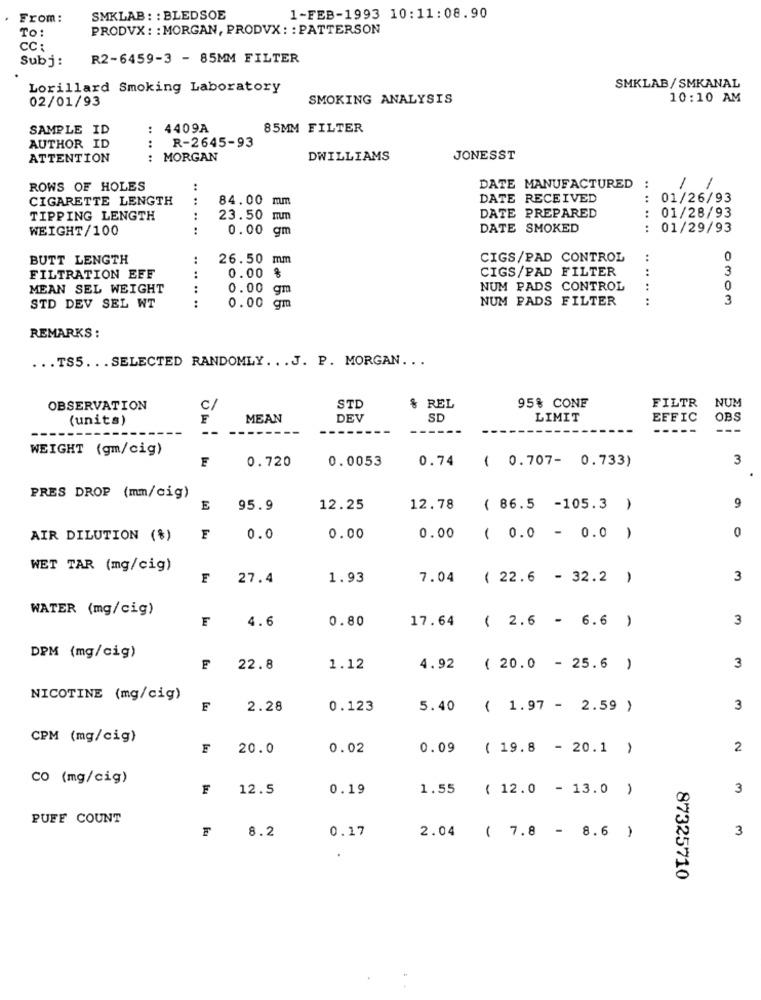
From:
SMKLAB : : BLEDSOE
1-FEB-1993 10:11:08.90
To:
PRODVX: : MORGAN, PRODVX : : PATTERSON
CC :
Subj:
R2-6459-3 - 85MM FILTER
Lorillard Smoking Laboratory
SMKLAB/ SMKANAL
02/01/93
SMOKING ANALYSIS
10:10 AM
SAMPLE ID
4409A
85MM FILTER
:
R-2645-93
AUTHOR ID
ATTENTION
:
MORGAN
DWILLIAMS
JONESST
ROWS OF HOLES
DATE MANUFACTURED
..
1
1
CIGARETTE LENGTH
84.00 mm
DATE RECEIVED
: 01/26/93
DATE PREPARED
TIPPING LENGTH
..
23.50 mm
01/28/93
WEIGHT/100
0.00 gm
DATE SMOKED
:
01/29/93
BUTT LENGTH
:
26.50 mm
CIGS/PAD CONTROL
0
FILTRATION EFF
CIGS/PAD FILTER
3
0.00 %
MEAN SEL WEIGHT
0.00 gm
NUM PADS CONTROL
.. ..
0
NUM PADS FILTER
3
STD DEV SEL WT
.. ..
0.00 gm
REMARKS :
... TS5 ... SELECTED RANDOMLY ... J. P. MORGAN ...
95% CONE
NUM
OBSERVATION
C/
STD
& REL
FILTR
(units)
F
MEAN
DEV
SD
LIMIT
EFFIC
OBS
--
---
WEIGHT (gm/cig)
F
0.720
0.0053
( 0.707- 0.733)
3
0.74
PRES DROP (mm/cig)
9
E
95.9
12.25
12.78
( 86.5 -105.3 )
0
AIR DILUTION (%)
F
0.0
0.00
0.00
( 0.0 - 0.0 )
WET TAR (mg/cig)
F
27.4
1.93
7.04 ( 22.6 - 32.2 )
3
WATER (mg/cig)
4.6
0.80
17.64
3
( 2.6 - 6.6 )
DPM (mg/cig)
F
22.8
1.12
4.92
( 20.0 - 25.6 )
3
NICOTINE (mg/cig)
F
2.28
0.123
5.40
( 1.97 - 2.59 )
3
CPM (mg/cig)
F
20.0
0.02
0.09 ( 19.8 - 20.1 )
2
CO (mg/cig)
F
12.5
0.19
1.55
( 12.0 - 13.0 )
3
PUFF COUNT
8.2
2.04 ( 7.8 - 8.6 )
3
0.17
87325710